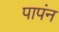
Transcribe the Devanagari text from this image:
पापंन